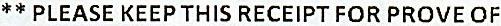
** PLEASE KEEP THIS RECEIPT FOR PROVE OF